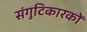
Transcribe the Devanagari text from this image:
संगुटिकारकों